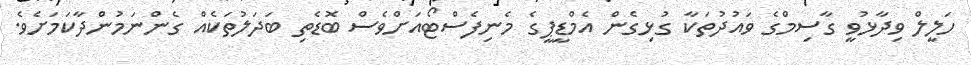
ހަލީލް ވިދާޅުވީ ގާސިމްގެ ވައުދުތަކާ ގުޅިގެން އެމްޑީޕީގެ މެނިފެސްޓޯއަށްވެސް ބޮޑެތި ބަދަލުތަކެއް ގެންނަމުންދާކަމަށެވެ.